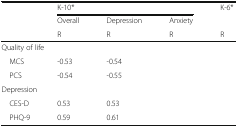
<table><thead><tr><td rowspan="3">[EMPTY_CELL]</td><td colspan="3"><b>K-10*</b></td><td><b>K-6*</b></td></tr><tr><td><b>Overall</b></td><td><b>Depression</b></td><td><b>Anxiety</b></td><td>[EMPTY_CELL]</td></tr><tr><td><b>R</b></td><td><b>R</b></td><td><b>R</b></td><td><b>R</b></td></tr></thead><tbody><tr><td colspan="5">Quality of life</td></tr><tr><td> MCS</td><td>-0.53</td><td>-0.54</td><td>[EMPTY_CELL]</td><td>[EMPTY_CELL]</td></tr><tr><td> PCS</td><td>-0.54</td><td>-0.55</td><td>[EMPTY_CELL]</td><td>[EMPTY_CELL]</td></tr><tr><td colspan="5">Depression</td></tr><tr><td> CES-D</td><td>0.53</td><td>0.53</td><td>[EMPTY_CELL]</td><td>[EMPTY_CELL]</td></tr><tr><td> PHQ-9</td><td>0.59</td><td>0.61</td><td>[EMPTY_CELL]</td><td>[EMPTY_CELL]</td></tr></tbody></table>